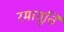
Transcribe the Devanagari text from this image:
रमामूर्ति